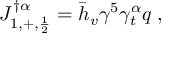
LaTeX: J _ { 1 , + , { \frac { 1 } { 2 } } } ^ { \dag \alpha } = \bar { h } _ { v } \gamma ^ { 5 } \gamma _ { t } ^ { \alpha } q \; ,